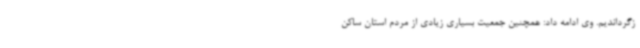
زگرداندیم. وی ادامه داد: همچنین جمعیت بسیاری زیادی از مردم استان ساکن